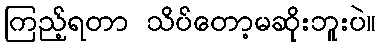
ကြည့်ရတာ သိပ်တော့မဆိုးဘူးပဲ။